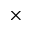
\times